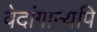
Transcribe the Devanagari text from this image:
वेदांगान्यपि